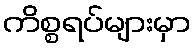
ကိစ္စရပ်များမှာ